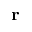
\mathbf { r }